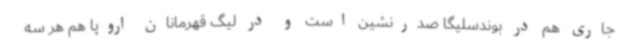
جاری هم در بوندسلیگا صدرنشین است و در لیگ قهرمانان اروپا هم هر سه